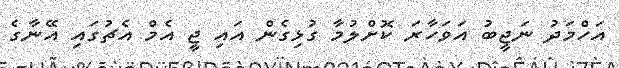
އަހްމަދު ނަޖީބު އަވަހާރަ ކޮށްލުމާ ގުޅިގެން އައި ޖީ އެމް އެޗުގައި އޭނާގެ